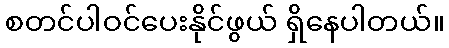
စတင်ပါဝင်ပေးနိုင်ဖွယ် ရှိနေပါတယ်။